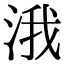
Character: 涐